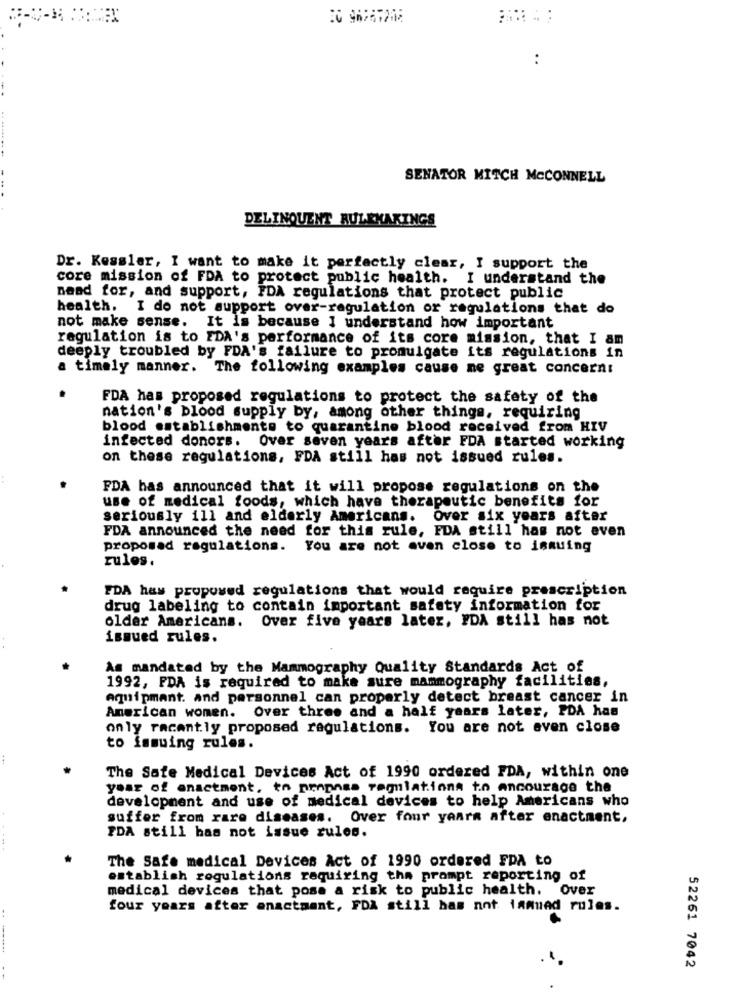
. ..
:
SENATOR MITCH MCCONNELL
DELINQUENT RULEMAKINGS
Dr. Kessler, I want to make it perfectly clear, I support the
core mission of FDA to protect public health. I understand the
naad for, and support, FDA regulations that protect public
health. I do not support over-regulation or regulations that do
not make sense. It is because I understand how important
regulation is to EDA's performance of its core mission, that I am
deeply troubled by FDA's failure to promulgate its regulations in
a timely manner. The following examples cause ne great concern:
FDA has proposed regulations to protect the safety of the
nation's blood supply by, among other things, requiring
blood establishments to quarantine blood received from HIV
infected donors. Over seven years after FDA started working
on these regulations, FDA still has not issued rules.
FDA has announced that it will propose regulations on the
use of medical foods, which have therapeutic benefits for
seriously ill and elderly Americans. Over six years after
FDA announced the need for this rule, FDA still has not even
proposad regulations. You are not even close to ismuing
rules.
FDA has proposed regulations that would require prescription
drug labeling to contain important safety information for
older Americans. Over five years later, FDA still has not
ismued rules.
As mandated by the Mammography Quality Standards Act of
1992, PDA is required to make sure mammography facilities,
aquipmant. and personnel can properly detect breast cancer in
American women. Over three and a half years later, PDA has
only recently proposed regulations. You are not even close
to immuing rules.
...
The Safe Medical Devices Act of 1990 ordered FDA, within one
year of anactment. to prapnss regulations to encourage the
development and use of medical devices to help Americans who
suffer from rare diseases. Over four years after enactment,
PDA still has not issue rules.
. ....
The Safe medical Devices Act of 1990 ordered FDA to
establish regulations requiring tha prompt reporting of
medical devices that pose a risk to public health. Over
four years after anactment, FDA still has not iamnad rules.
52261 7042